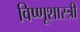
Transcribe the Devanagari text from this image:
विष्णूशास्त्री